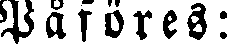
Påföres: